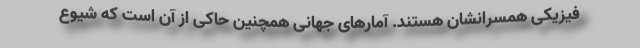
فیزیکی همسرانشان هستند. آمارهای جهانی همچنین حاکی از آن است که شیوع